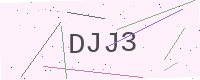
Text: DJJ3